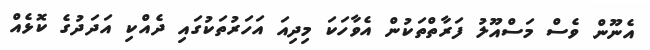
އެނޫން ވެސް މަސްއޫލު ފަރާތްތަކުން އެވާހަކަ މިދިއަ އަހަރުތަކުގައި ދެއްކި އަދަދުގެ ކޮޅެއް